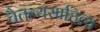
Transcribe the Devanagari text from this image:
चैतन्यसाहित्य